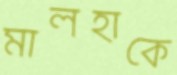
মালহাকে